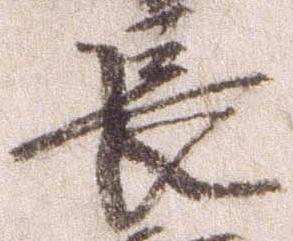
長